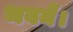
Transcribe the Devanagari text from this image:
भवनें।